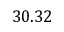
3 0 . 3 2